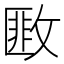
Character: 𢾺